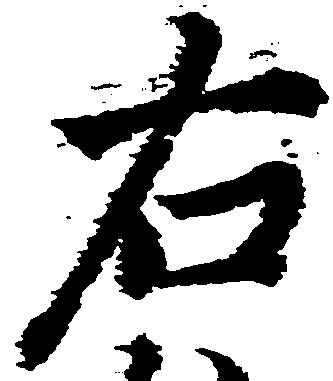
右